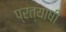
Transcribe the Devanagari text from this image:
प्रत्याषी